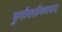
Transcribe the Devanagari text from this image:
कुसीददशैकादशात्